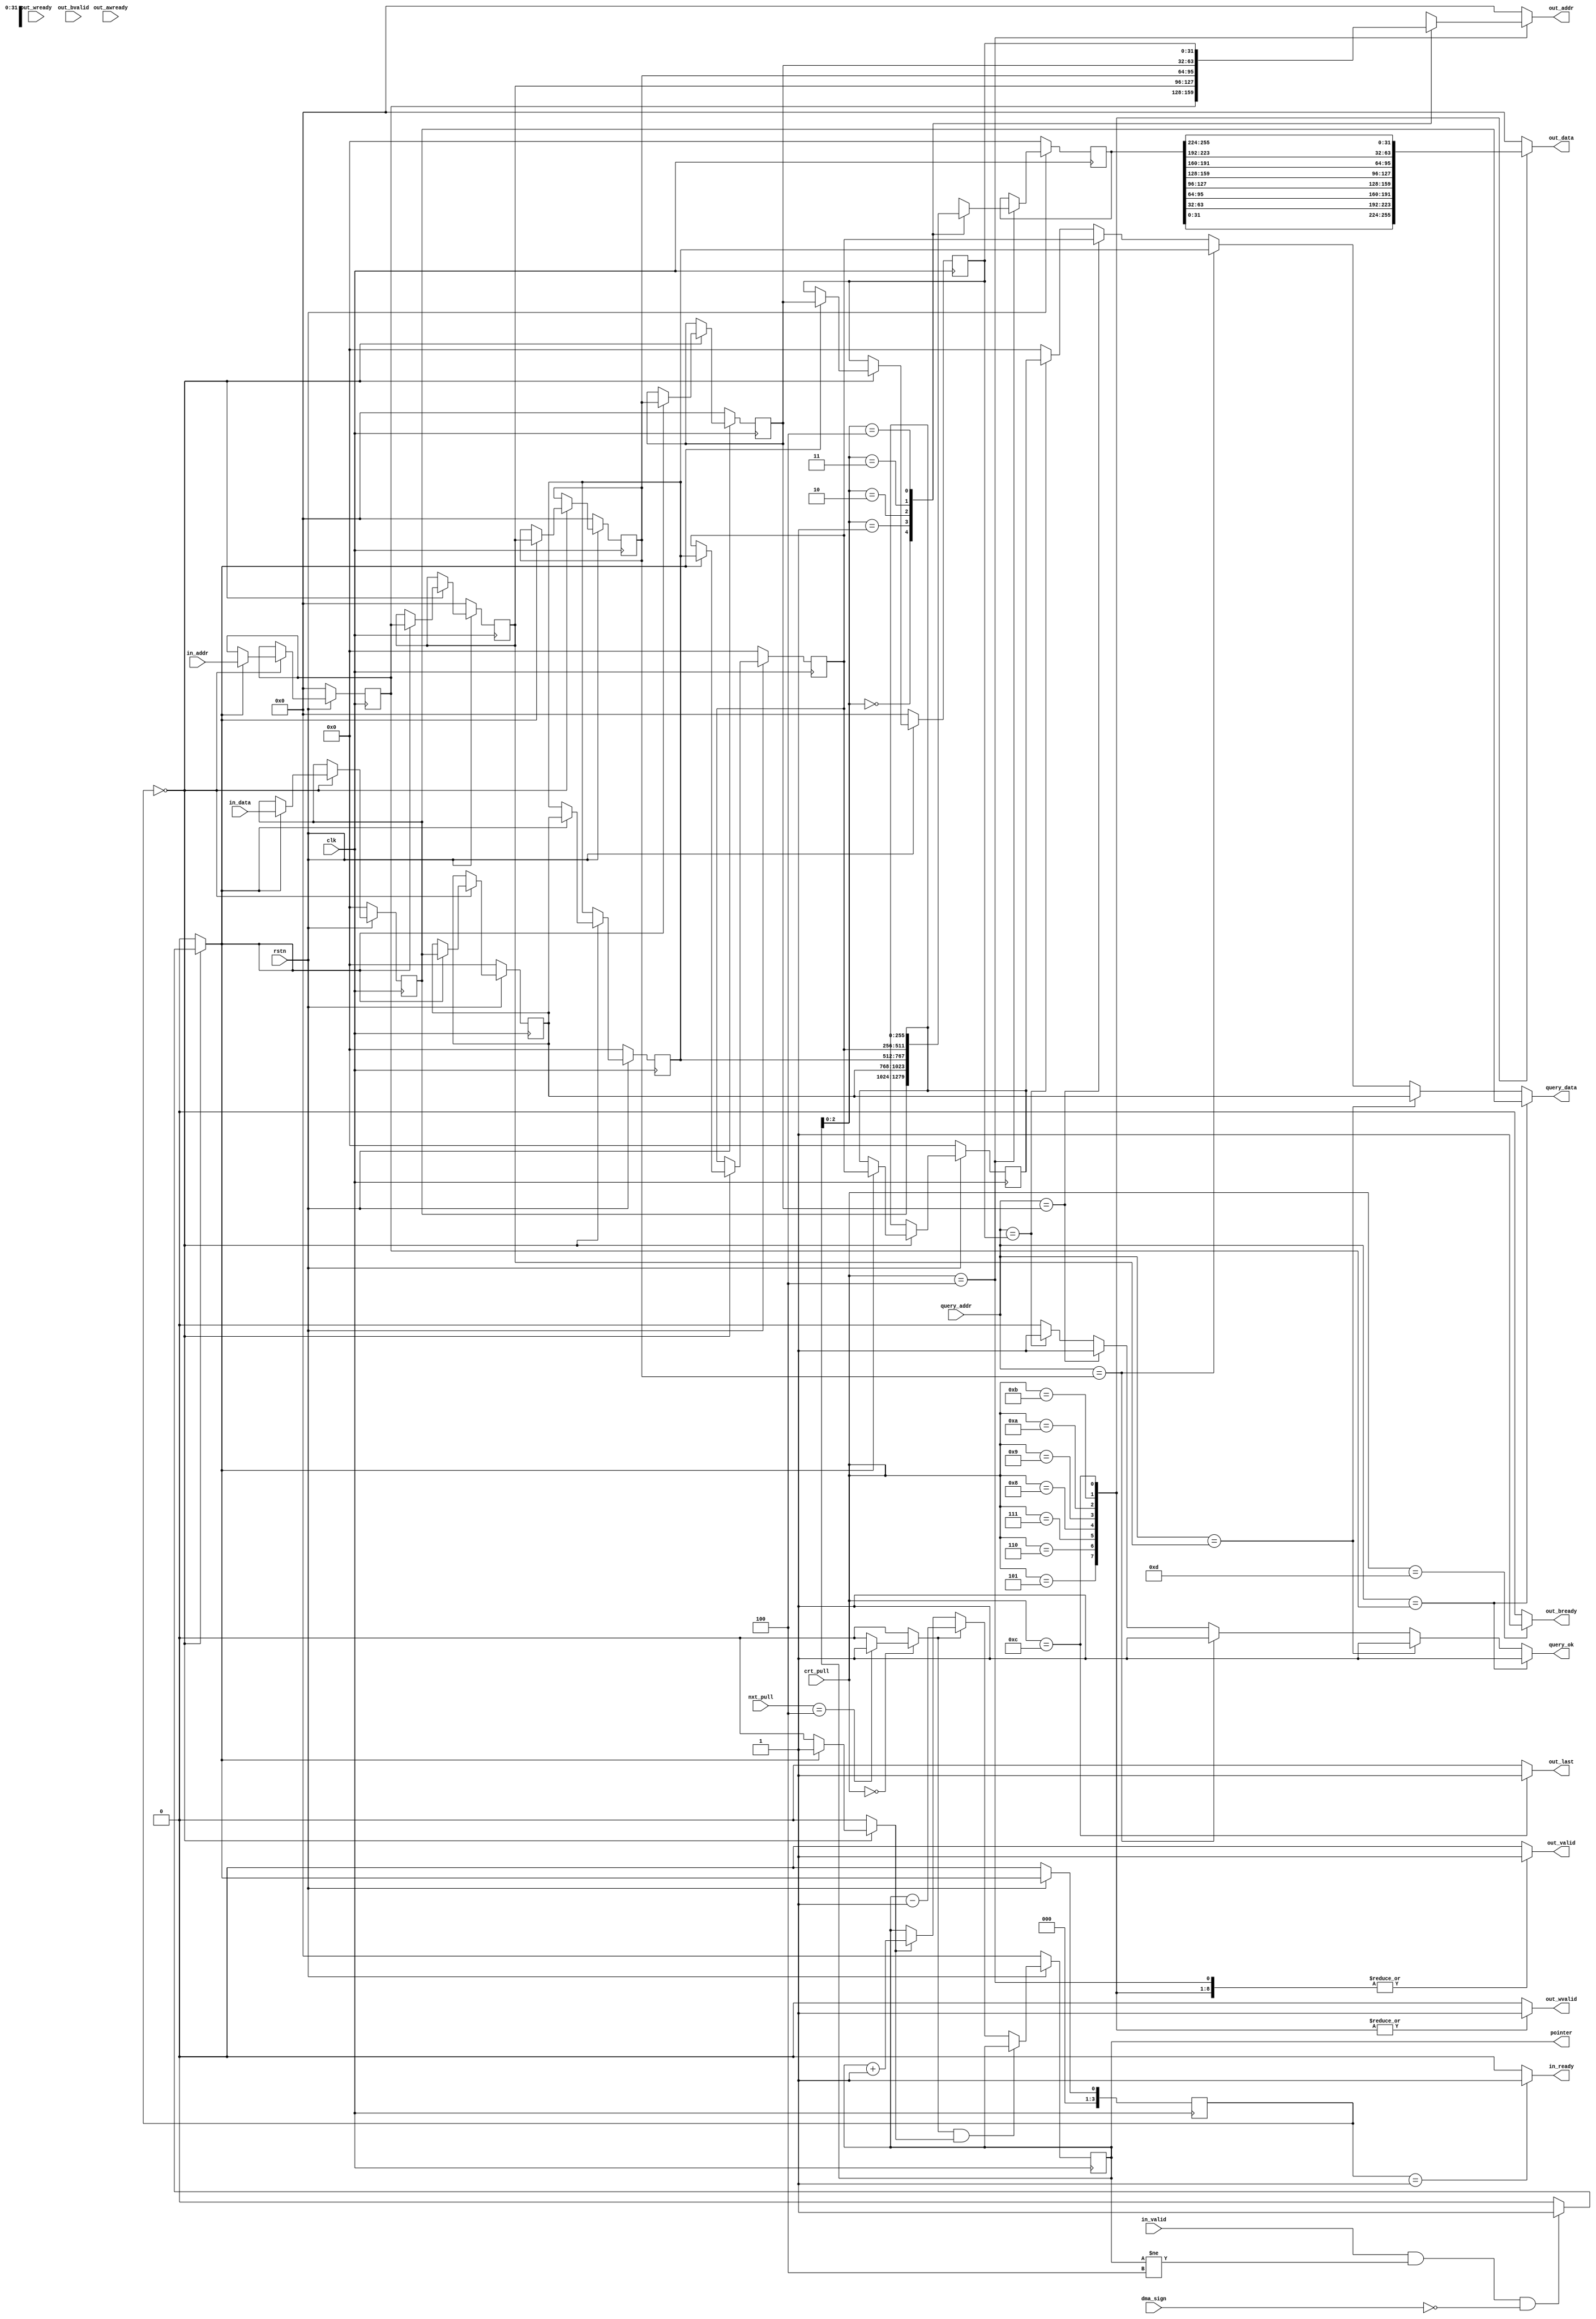

// 
// 
// query,insert,get
// - query:
// - insert:
// - get:

// query:
// push

module WriteBuffer #(
    parameter   length=5,
                offset_width=3
) (
    input  clk,
    input  rstn,
    //PULL
    input  [31:0] in_addr,
    input  [(1<<offset_width)*32-1:0] in_data,
    input  in_valid,
    output reg in_ready,
    //PUSH
    output reg [31:0] out_addr,
    output reg [31:0] out_data,
    output reg out_valid,
    output reg out_wvalid,
    input  out_awready,
    input  out_wready,
    output reg out_last,
    input  out_bvalid,
    output reg out_bready,

    //query
    input  [31:0] query_addr,
    output reg[(1<<offset_width)*32-1:0] query_data,
    output reg query_ok,                       //query

    //
    input  [4:0] crt_pull,
    input  [4:0] nxt_pull,
    output reg [31:0] pointer,
    input  dma_sign
);
    localparam WORD = (1<<offset_width)*32;
    reg [31:0] buffer_addr[length-1:0];
    reg [WORD-1:0] buffer_data[0:length-1];

    wire _in_valid=in_valid&&(pointer!=length-1)&&!dma_sign;
    // wire _out_awready=out_awready&&(pointer!=0);

    reg [(1<<offset_width)*32-1:0] _out_data;

    //pull(->axi)
    //state machine
    localparam IDLE_L = 5'd0,
            PULL=5'd4,SEND_0=5'd5,SEND_1=5'd6,SEND_2=5'd7,SEND_3=5'd8,SEND_4=5'd9,SEND_5=5'd10,SEND_6=5'd11,SEND_7=5'd12,_SEND=5'd13;
    //
    //action
    reg pointer_minus;
    always @(*) begin
        out_valid=0;
        out_last=0;
        out_addr=0;
        out_data=0;
        out_bready=0;
        out_wvalid=0;

        pointer_minus=0;
        case (crt_pull)
            IDLE_L: begin
                if(nxt_pull==PULL) begin
                    pointer_minus=1;
                end
                else ;
            end
            PULL: begin
                out_valid=1;
                out_addr=buffer_addr[pointer];
            end
            SEND_0: begin
                out_valid=1;
                out_data=_out_data[31:0];
                out_wvalid=1;
            end
            SEND_1: begin
                out_valid=1;
                out_data=_out_data[63:32];
                out_wvalid=1;
            end
            SEND_2: begin
                out_valid=1;
                out_data=_out_data[95:64];
                out_wvalid=1;
            end
            SEND_3: begin
                out_valid=1;
                out_data=_out_data[127:96];
                out_wvalid=1;
            end
            SEND_4: begin
                out_valid=1;
                out_data=_out_data[159:128];
                out_wvalid=1;
            end
            SEND_5: begin
                out_valid=1;
                out_data=_out_data[191:160];
                out_wvalid=1;
            end
            SEND_6: begin
                out_valid=1;
                out_data=_out_data[223:192];
                out_wvalid=1;
            end
            SEND_7: begin
                out_valid=1;
                out_last=1;
                out_data=_out_data[255:224];
                out_wvalid=1;
            end
            _SEND: begin
                out_bready=1;
            end
            default: ;
        endcase
    end
    //action
    always @(posedge clk)begin
        if(!rstn) begin
            _out_data<=0;
        end
        else begin
            case (crt_pull)
                IDLE_L: begin
                end
                PULL: begin
                    _out_data<=buffer_data[pointer];
                end
                default: ;
            endcase
        end
    end

    //push(cache->)
    
    //statemachine
    localparam IDLE_H = 4'd0,PUSH=4'd1;
    reg [3:0] crt_push,nxt_push;
    always @(posedge clk)begin
        if (!rstn) begin
            crt_push<=IDLE_H;
        end
        else begin
            crt_push<=nxt_push;
        end
    end

    always @(*) begin
        case (crt_push)
            IDLE_H: begin
                if(_in_valid)           nxt_push=PUSH;
                else                    nxt_push=IDLE_H;
            end
            PUSH:                       nxt_push=IDLE_H;
            default:                    nxt_push=IDLE_H;
        endcase
    end

    //signal
    //action
    reg pointer_plus;
    always @(*) begin
        in_ready=0;
        pointer_plus=0;
        case (crt_push)
            IDLE_H: begin
                if(nxt_push==PUSH)  pointer_plus=1;
                else ;
            end
            PUSH: begin
                in_ready=1;
            end
            default: ;
        endcase
    end
    //action
    always @(posedge clk)begin
        if(!rstn) begin
            buffer_addr[32'd0]<=0;
            buffer_data[32'd0]<=0;
            buffer_addr[32'd1]<=0;
            buffer_data[32'd1]<=0;
            buffer_addr[32'd2]<=0;
            buffer_data[32'd2]<=0;
            buffer_addr[32'd3]<=0;
            buffer_data[32'd3]<=0;
            buffer_addr[32'd4]<=0;
            buffer_data[32'd4]<=0;
        end
        else begin
            case (crt_push)
                IDLE_H: begin
                    if(nxt_push==PUSH) begin
                        buffer_addr[32'd0]<=in_addr;
                        buffer_data[32'd0]<=in_data;
                        buffer_addr[32'd1]<=buffer_addr[32'd0];
                        buffer_data[32'd1]<=buffer_data[32'd0];
                        buffer_addr[32'd2]<=buffer_addr[32'd1];
                        buffer_data[32'd2]<=buffer_data[32'd1];
                        buffer_addr[32'd3]<=buffer_addr[32'd2];
                        buffer_data[32'd3]<=buffer_data[32'd2];
                        buffer_addr[32'd4]<=buffer_addr[32'd3];
                        buffer_data[32'd4]<=buffer_data[32'd3];
                    end
                    else ;
                end
                default: ;
            endcase
        end
    end

    //pointer
    always @(posedge clk)begin
        if(!rstn) begin
            pointer<=0;
        end
        else begin
            if(pointer_minus&&pointer_plus) ;
            else if(pointer_minus) pointer<=pointer-1;
            else if(pointer_plus) pointer<=pointer+1;
            else ;
        end
    end

    //query
    reg res[length-1:0];
    always @(*) begin
        res[32'd0]=(query_addr==buffer_addr[32'd0]);
        res[32'd1]=(query_addr==buffer_addr[32'd1]);
        res[32'd2]=(query_addr==buffer_addr[32'd2]);
        res[32'd3]=(query_addr==buffer_addr[32'd3]);
        res[32'd4]=(query_addr==buffer_addr[32'd4]);
    end

    always @(*) begin
             if(res[3'd0]==1'b1) begin query_ok=1;query_data=buffer_data[32'd0]; end
        else if(res[3'd1]==1'b1) begin query_ok=1;query_data=buffer_data[32'd1]; end
        else if(res[3'd2]==1'b1) begin query_ok=1;query_data=buffer_data[32'd2]; end
        else if(res[3'd3]==1'b1) begin query_ok=1;query_data=buffer_data[32'd3]; end
        else if(res[3'd4]==1'b1) begin query_ok=1;query_data=buffer_data[32'd4]; end
        else                     begin query_ok=0;query_data=0                 ; end
    end

endmodule